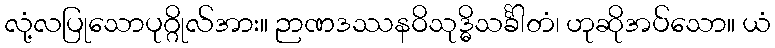
လုံ့လပြုသောပုဂ္ဂိုလ်အား။ ဉာဏဒဿနဝိသုဒ္ဓိသင်္ခါတံ၊ ဟုဆိုအပ်သော။ ယံ